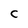
Character: C